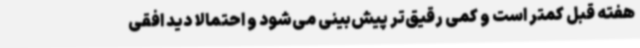
هفته قبل کمتر است و کمی رقیق‌تر پیش‌بینی می‌شود و احتمالا دید افقی